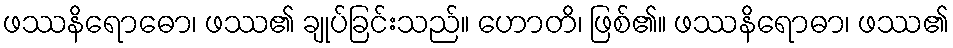
ဖဿနိရောဓော၊ ဖဿ၏ ချုပ်ခြင်းသည်။ ဟောတိ၊ ဖြစ်၏။ ဖဿနိရောဓာ၊ ဖဿ၏